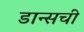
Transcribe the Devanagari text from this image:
डान्सची